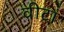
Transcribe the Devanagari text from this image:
वीटां